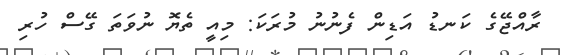
ރާއްޖޭގެ ކަނޑު އަޑިން ފެނުނު މުރަކަ: މިއީ ތެޔޮ ނުވަތަ ގޭސް ހުރި